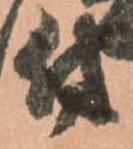
付